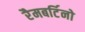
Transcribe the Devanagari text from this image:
रैमबर्टिनो